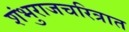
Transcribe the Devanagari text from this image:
शंभुराजचरित्रात